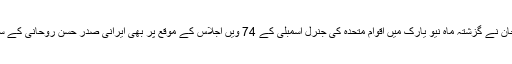
وزیر اعظم عمران خان نے گزشتہ ماہ نیو یارک میں اقوام متحدہ کی جنرل اسمبلی کے 74 ویں اجلاس کے موقع پر بھی ایرانی صدر حسن روحانی کے ساتھ ملاقات کی تھی۔